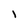
Character: l